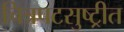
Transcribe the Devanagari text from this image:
चित्रपटसुष्ट्रीत